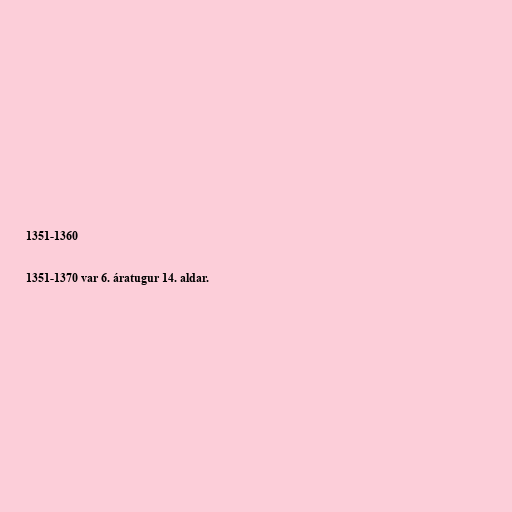
1351-1360

1351-1370 var 6. áratugur 14. aldar.